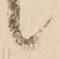
候